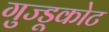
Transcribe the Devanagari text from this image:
गुज्डूकोट